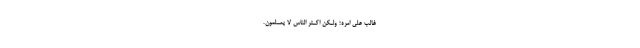
غالِبٌ عَلیًّ اَمرِه؛ وَلـّْکِنَّ اَکـثَرَ النّاسِ لا یَعـلَمونَ.